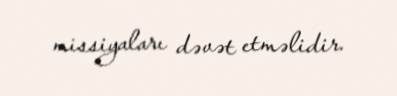
missiyaları dəvət etməlidir.